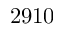
2 9 1 0